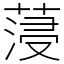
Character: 蓡